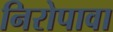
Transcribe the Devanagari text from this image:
निरोपावा